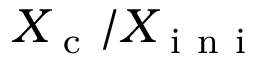
X _ { \mathrm { ~ c ~ } } / X _ { \mathrm { ~ i ~ n ~ i ~ } }